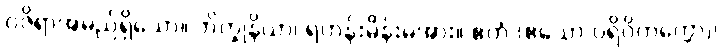
ဝဇိရာအမည်ရှိသော။ ဘိက္ခုနိယာ၊ ရဟန်းမိန်းမအား။ ဧတံ (ဧသော ပရိဝိတက္ကော)၊